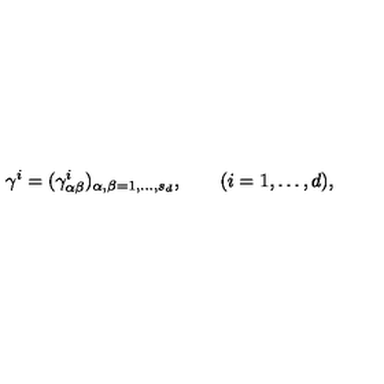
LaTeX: \gamma ^ { i } = ( \gamma _ { \alpha \beta } ^ { i } ) _ { \alpha , \beta = 1 , \ldots , s _ { d } } , \qquad ( i = 1 , \ldots , d ) ,